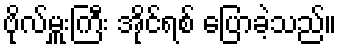
ဗိုလ်မှူးကြီး အိုင်ရစ် ပြောခဲ့သည်။